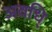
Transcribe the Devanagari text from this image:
अवधि्